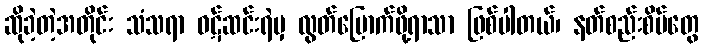
ဆိုခဲ့တဲ့အတိုင်း သံသရာ ဝဋ်ဆင်းရဲမှ လွတ်မြောက်ဖို့ရာသာ ဖြစ်ပါတယ်၊ နတ်စည်းစိမ်တွေ